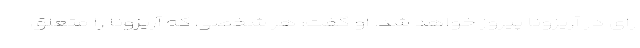
رای در آریزونا پیروز خواهد شد. او گفت: هر شخصی که آریزونا را متعلق